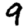
Digit: 9